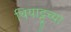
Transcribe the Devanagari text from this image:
थियाट्टूच्या